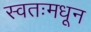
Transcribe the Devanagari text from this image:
स्वतःमधून